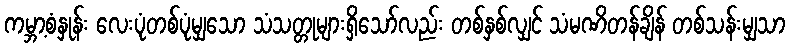
ကမ္ဘာ့စံနှုန်း လေးပုံတစ်ပုံမျှသော သံသတ္တုများရှိသော်လည်း တစ်နှစ်လျှင် သံမဏိတန်ချိန် တစ်သန်းမျှသာ